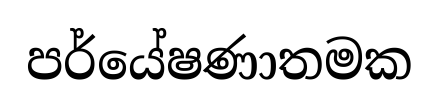
පර්යේෂණාතමක